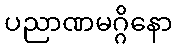
ပညာဏမဂ္ဂိနော